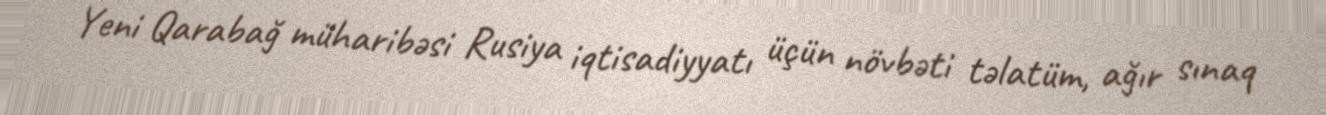
Yeni Qarabağ müharibəsi Rusiya iqtisadiyyatı üçün növbəti təlatüm, ağır sınaq